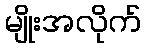
မျိုးအလိုက်